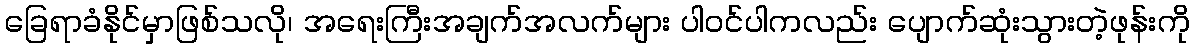
ခြေရာခံနိုင်မှာဖြစ်သလို၊ အရေးကြီးအချက်အလက်များ ပါဝင်ပါကလည်း ပျောက်ဆုံးသွားတဲ့ဖုန်းကို